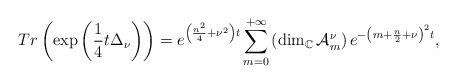
LaTeX: \begin{align*}Tr\left( \exp\left(\frac{1}{4}t\Delta _{\nu }\right)\right) =e^{\left( \frac{n^{2}}{4}+\nu ^{2}\right) t}\sum\limits_{m=0}^{+\infty }\left( \dim _{\mathbb{C}}\mathcal{A}_{m}^{\nu }\right) e^{-\left( m+\frac{n}{2}+\nu \right) ^{2}t}, \end{align*}